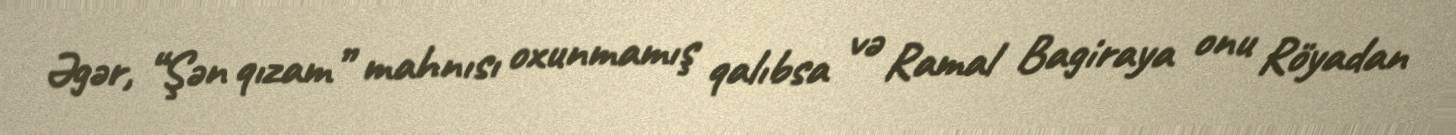
Əgər, “Şən qızam” mahnısı oxunmamış qalıbsa və Ramal Bagiraya onu Röyadan